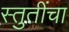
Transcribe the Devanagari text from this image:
स्तुतींचा